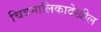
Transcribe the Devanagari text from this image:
चित्रमालिकादेखील